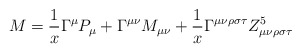
\begin{align*}M = \frac{1}{x} \Gamma^\mu P_\mu + \Gamma^{\mu\nu}M_{\mu\nu}+\frac{1}{x} \Gamma^{\mu\nu\rho\sigma\tau}Z^5_{\mu\nu\rho\sigma\tau}\end{align*}